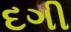
દગી